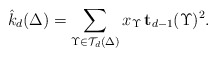
\begin{align*}\hat{k}_d(\Delta)=\sum_{\Upsilon\in\mathcal{T}_d(\Delta)}x_{\Upsilon}\,{\mathbf{t}_{d-1}(\Upsilon)^2}.\end{align*}